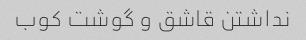
نداشتن قاشق و گوشت کوب